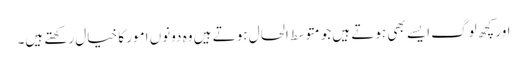
اور کچھ لوگ ایسے بھی ہوتے ہیں جو متوسط الحال ہوتے ہیں وہ دونوں امور کا خیال رکھتے ہیں۔